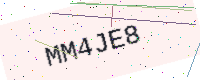
Text: MM4JE8